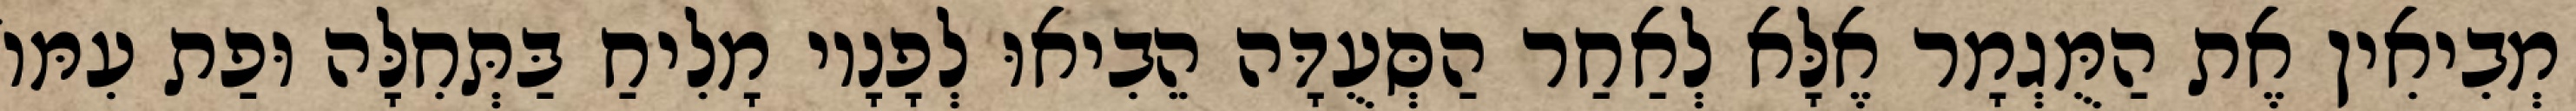
מְבִיאִין אֶת הַמֻּגְמָר אֶלָּא לְאַחַר הַסְּעֻדָּה הֵבִיאוּ לְפָנָיו מָלִיחַ בַּתְּחִלָּה וּפַת עִמּוֹ